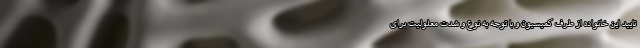
تایید این خانواده از طرف کمیسیون و با توجه به نوع و شدت معلولیت برای